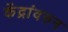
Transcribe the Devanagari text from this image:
केंद्रांवरुन